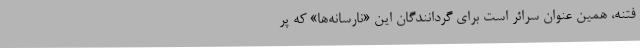
فتنه، همین عنوان سرائر است برای گردانندگان این «نارسانه‌ها» که پر